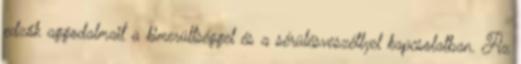
edzők aggodalmait a kimerültséggel és a sérülésveszéllyel kapcsolatban. Az